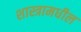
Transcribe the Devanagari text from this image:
शास्त्रामधील